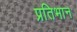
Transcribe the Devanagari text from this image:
प्रतिभान